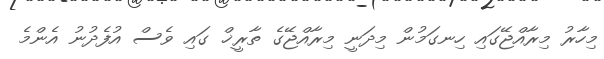
މިހާރު މިރާއްޖޭގައި ހިނގަމުން މިދަނީ މިރާއްޖޭގެ ތާރީޚް ގައި ވެސް އުފެދުނު އެންމެ